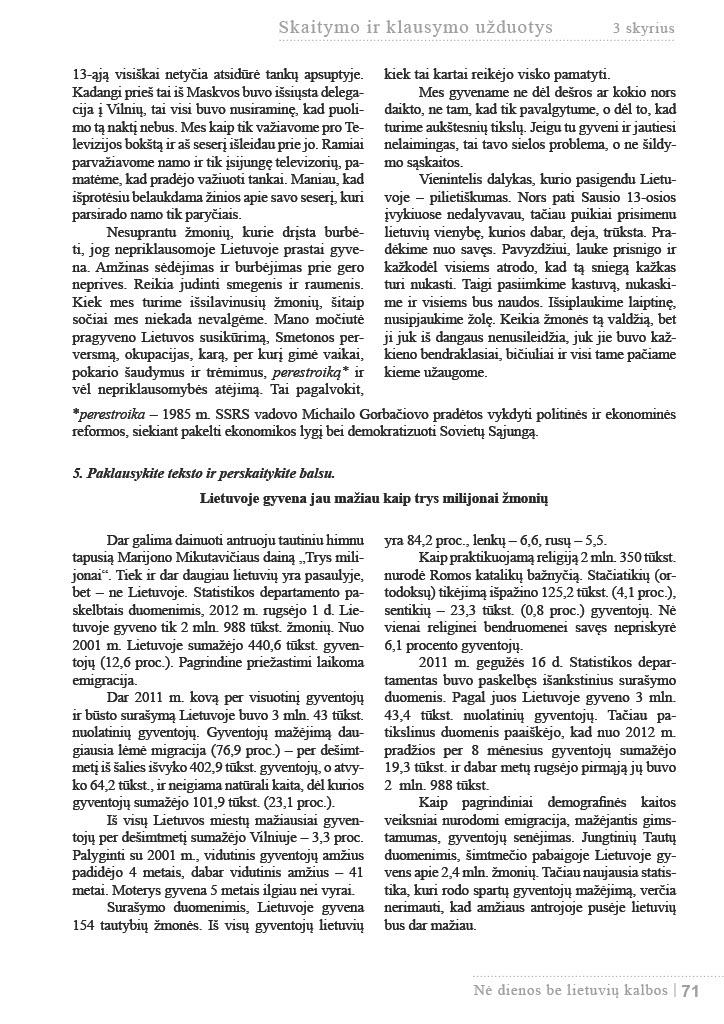
Language: lt